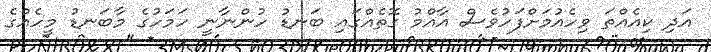
އަދި ކިއެއްތަ ވިހެއުމަށްފަހުވެސް އާއްމު ގޮތެއްގައި ބަނޑު ހުންނާނީ ހަމަހުގެ މާބަނޑު މީހެއްގެ